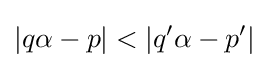
\left|q\alpha -p\right|<\left|q^{\prime }\alpha -p^{\prime }\right|